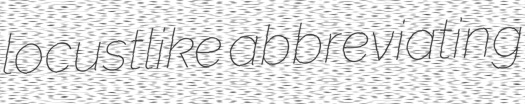
locustlike abbreviating